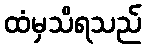
ထံမှသိရသည်